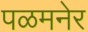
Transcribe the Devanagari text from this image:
पळमनेर